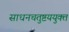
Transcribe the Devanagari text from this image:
साधनचतुष्टययुक्त